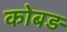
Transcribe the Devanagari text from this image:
कोबड़